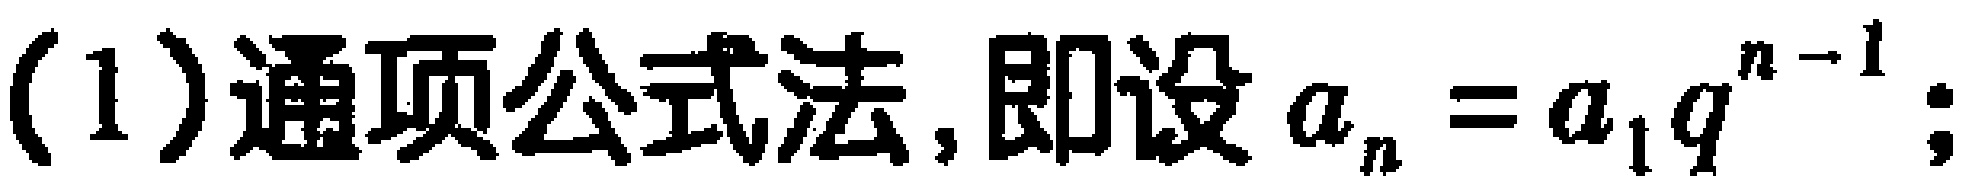
(1)通项公式法, 即设\(a_{n}=a_{1}q^{n - 1}\);